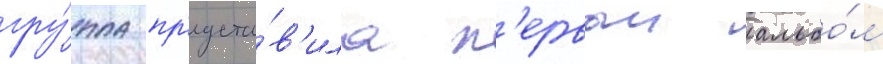
гру́ппа пр'едста́в'ила п'ервыи альбо́м